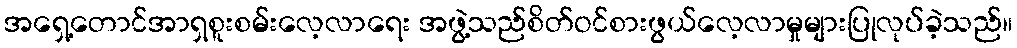
အရှေ့တောင်အာရှစူးစမ်းလေ့လာရေး အဖွဲ့သည်စိတ်ဝင်စားဖွယ်လေ့လာမှုများပြုလုပ်ခဲ့သည်။